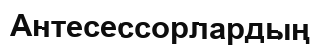
Антесессорлардың